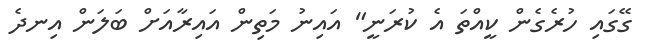
ގޭގައި ހުރެގެން ކީއްތަ އެ ކުރަނީ" އައިނު މަތިން އައިރާއަށް ބަލަން އިނދެ